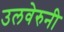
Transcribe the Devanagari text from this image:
उलवेरुनी